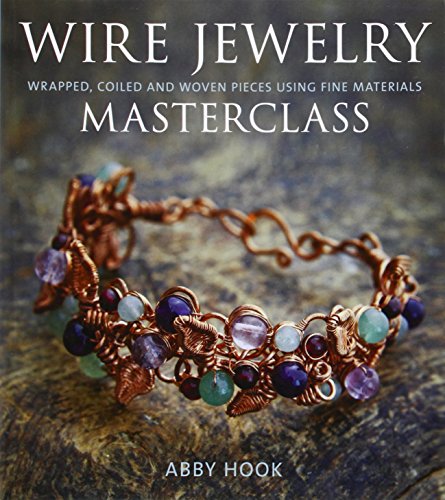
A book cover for Wire Jewelry Masterclass: Wrapped, Coiled and Woven Pieces Using Fine Materials; Abby Hook; Crafts, Hobbies & Home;